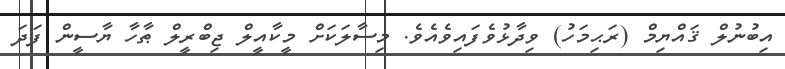
އިބުނުލް ޤައްޔިމް (ރަޙިމަހު) ވިދާޅުވެފައިވެއެވެ. މިސާލަކަށް މީކާއީލް ޖިބްރީލް ޠާހާ ޔާސީން ފަދަ